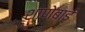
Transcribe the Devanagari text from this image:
शाणेबाई